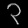
Digit: ၃